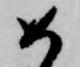
如